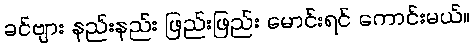
ခင်ဗျား နည်းနည်း ဖြည်းဖြည်း မောင်းရင် ကောင်းမယ်။